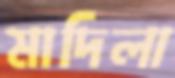
মাদিলা